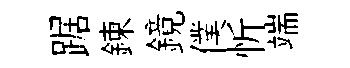
踞鍊鏡僕忻端